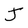
Character: J